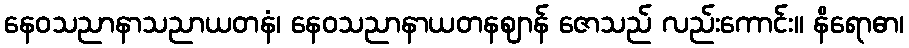
နေဝသညာနာသညာယတနံ၊ နေဝသညာနာယတနဈာန် ဇောသည် လည်းကောင်း။ နိရောဓာ၊